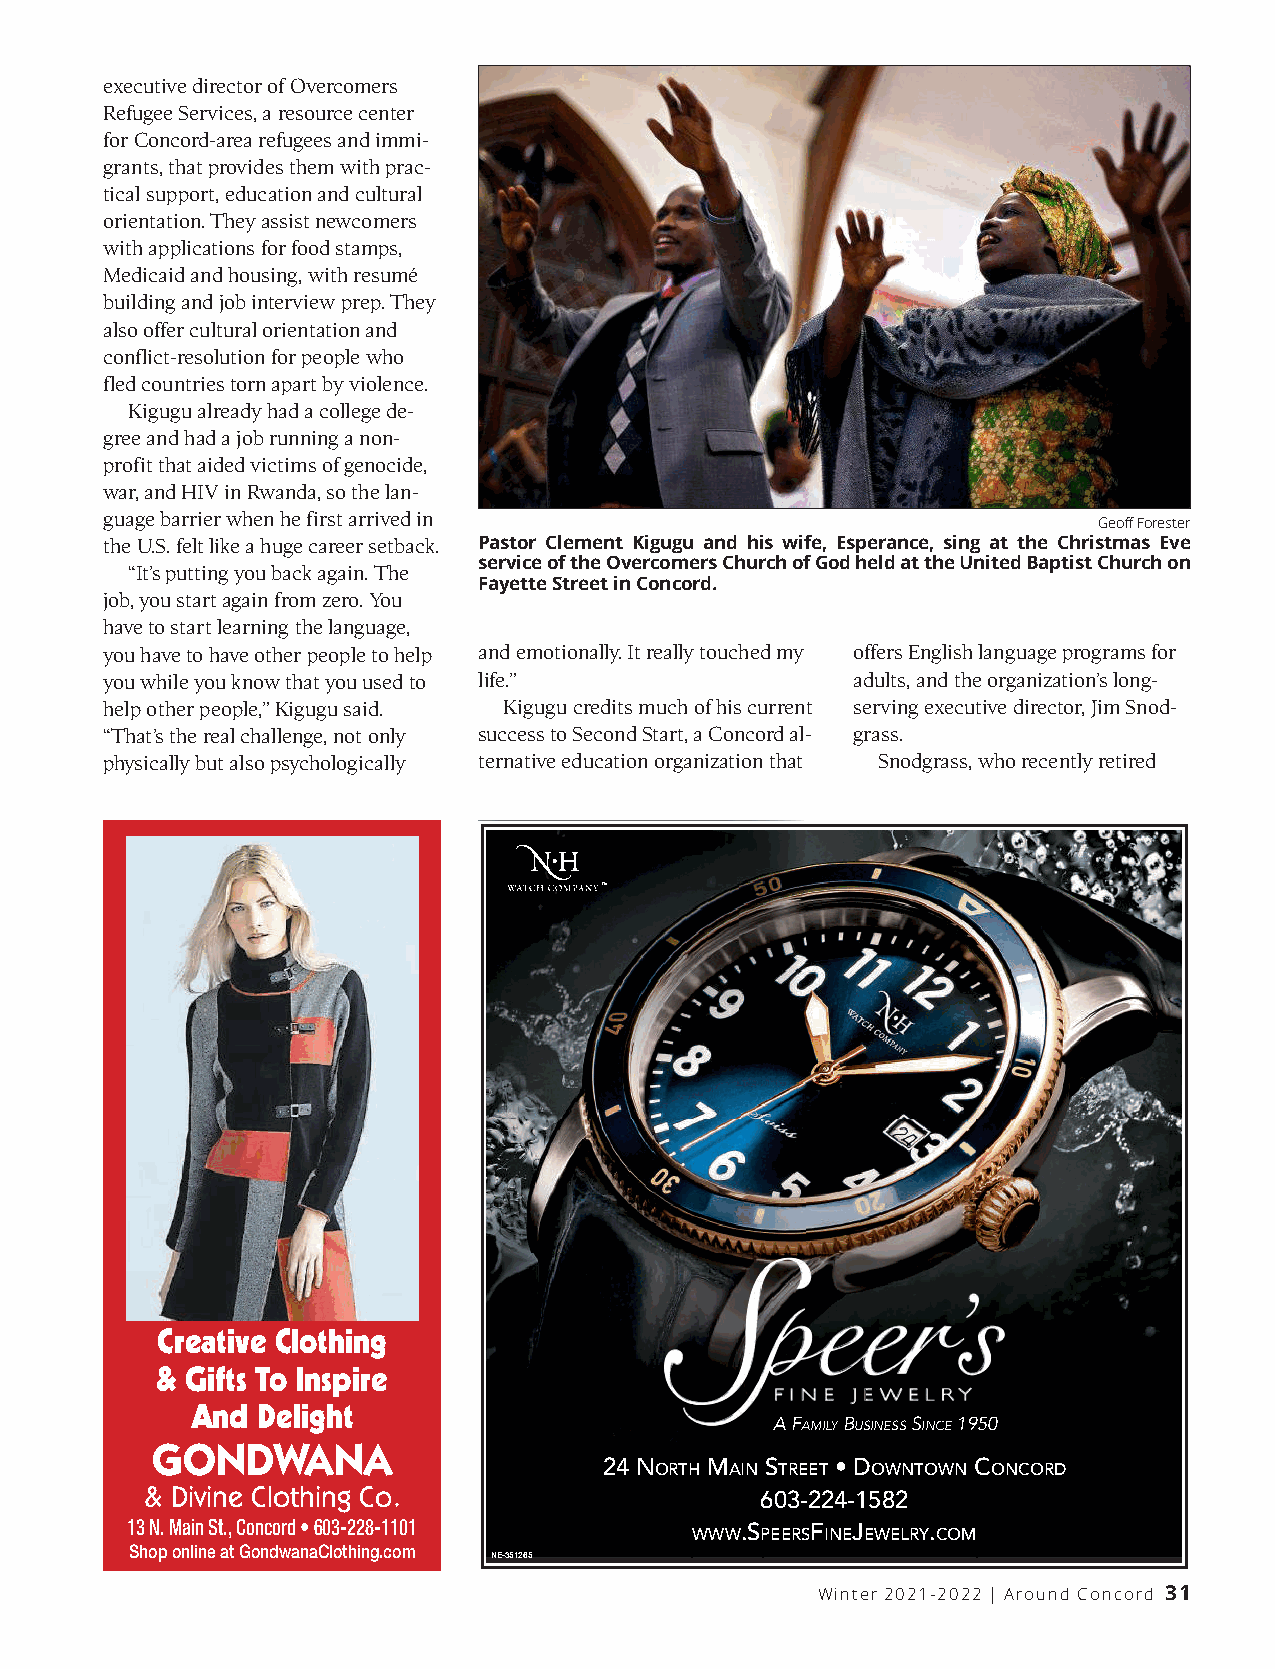
executive director of Overcomers
 Refugee Services, a resource center
 for Concord-area refugees and immi-
 grants, that provides them with prac-
 tical support, education and cultural
 orientation. They assist newcomers
 with applications for food stamps,
 Medicaid and housing, with resumé
 building and job interview prep. They
 also offer cultural orientation and
 conflict-resolution for people who
 fled countries torn apart by violence.
 Kigugu already had a college de-
 gree and had a job running a non-
 profit that aided victims of genocide,
 war, and HIV in Rwanda, so the lan-
 guage barrier when he first arrived in
 Geoff Forester
 the U.S. felt like a huge career setback. Pastor Clement Kigugu and his wife, Esperance, sing at the Christmas Eve
 service of the Overcomers Church of God held at the United Baptist Church on
 “It ’s putting you back again. The
 Fayette Street in Concord.
 job, you start again from zero. You
 have to start learning the language,
 you have to have other people to help and emotionally. It really touched my offers English language programs for
 you while you know that you used to l i fe .”    adults, and the organization’s long-
 help other people,”Kigugu said. Kigugu credits much of his current serving executive director, Jim Snod-
 “Th at ’s the real challenge, not only success to Second Start, a Concord al- g rass.
 physically but also psychologically ternative education organization that Snodgrass, who recently retired
 TM
 Creative Clothing
 & Gifts To Inspire
 And Delight
 AFAMILYBUSINESSSINCE1950
 GONDWANA
 24 N   M   S   • D      C
 ORTH AIN TREET OWNTOWN ONCORD
 & Divine Clothing Co.
 603-224-1582
 13N.MainSt.,Concord•603-228-1101         .S   F J     .
 WWW PEERS INE EWELRY COM
 ShoponlineatGondwanaClothing.com
 NE-351265
 Winter 2021-2022 | Around Concord 31